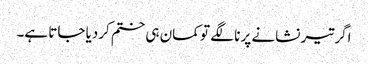
اگر تیر نشانے پر نا لگے تو کمان ہی ختم کردیا جاتا ہے۔